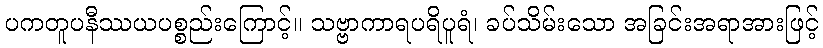
ပကတူပနီဿယပစ္စည်းကြောင့်။ သဗ္ဗာကာရပရိပူရံ၊ ခပ်သိမ်းသော အခြင်းအရာအားဖြင့်